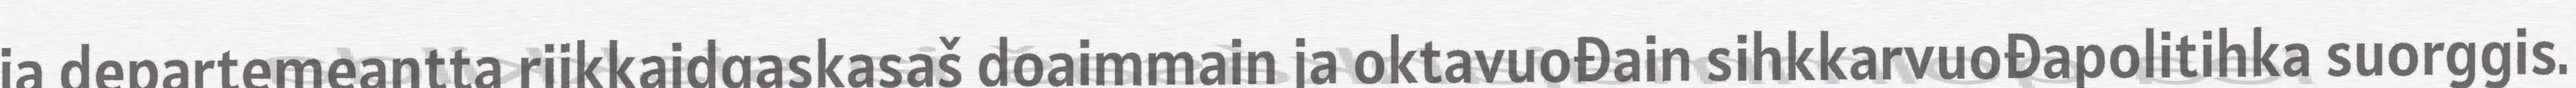
ja departemeantta riikkaidgaskasaš doaimmain ja oktavuođain sihkkarvuođapolitihka suorggis.